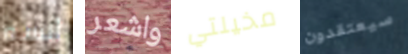
أنسه واشعر مخيلتي سيعتقدون